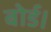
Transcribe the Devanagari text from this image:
बोर्ड।